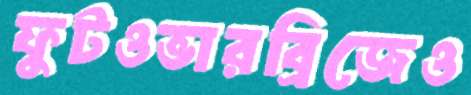
ফুটওভারব্রিজেও